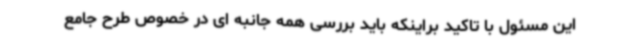
این مسئول با تاکید براینکه باید بررسی همه جانبه ای در خصوص طرح جامع